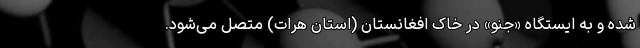
شده و به ایستگاه «جنو» در خاک افغانستان (استان هرات) متصل می‌شود.